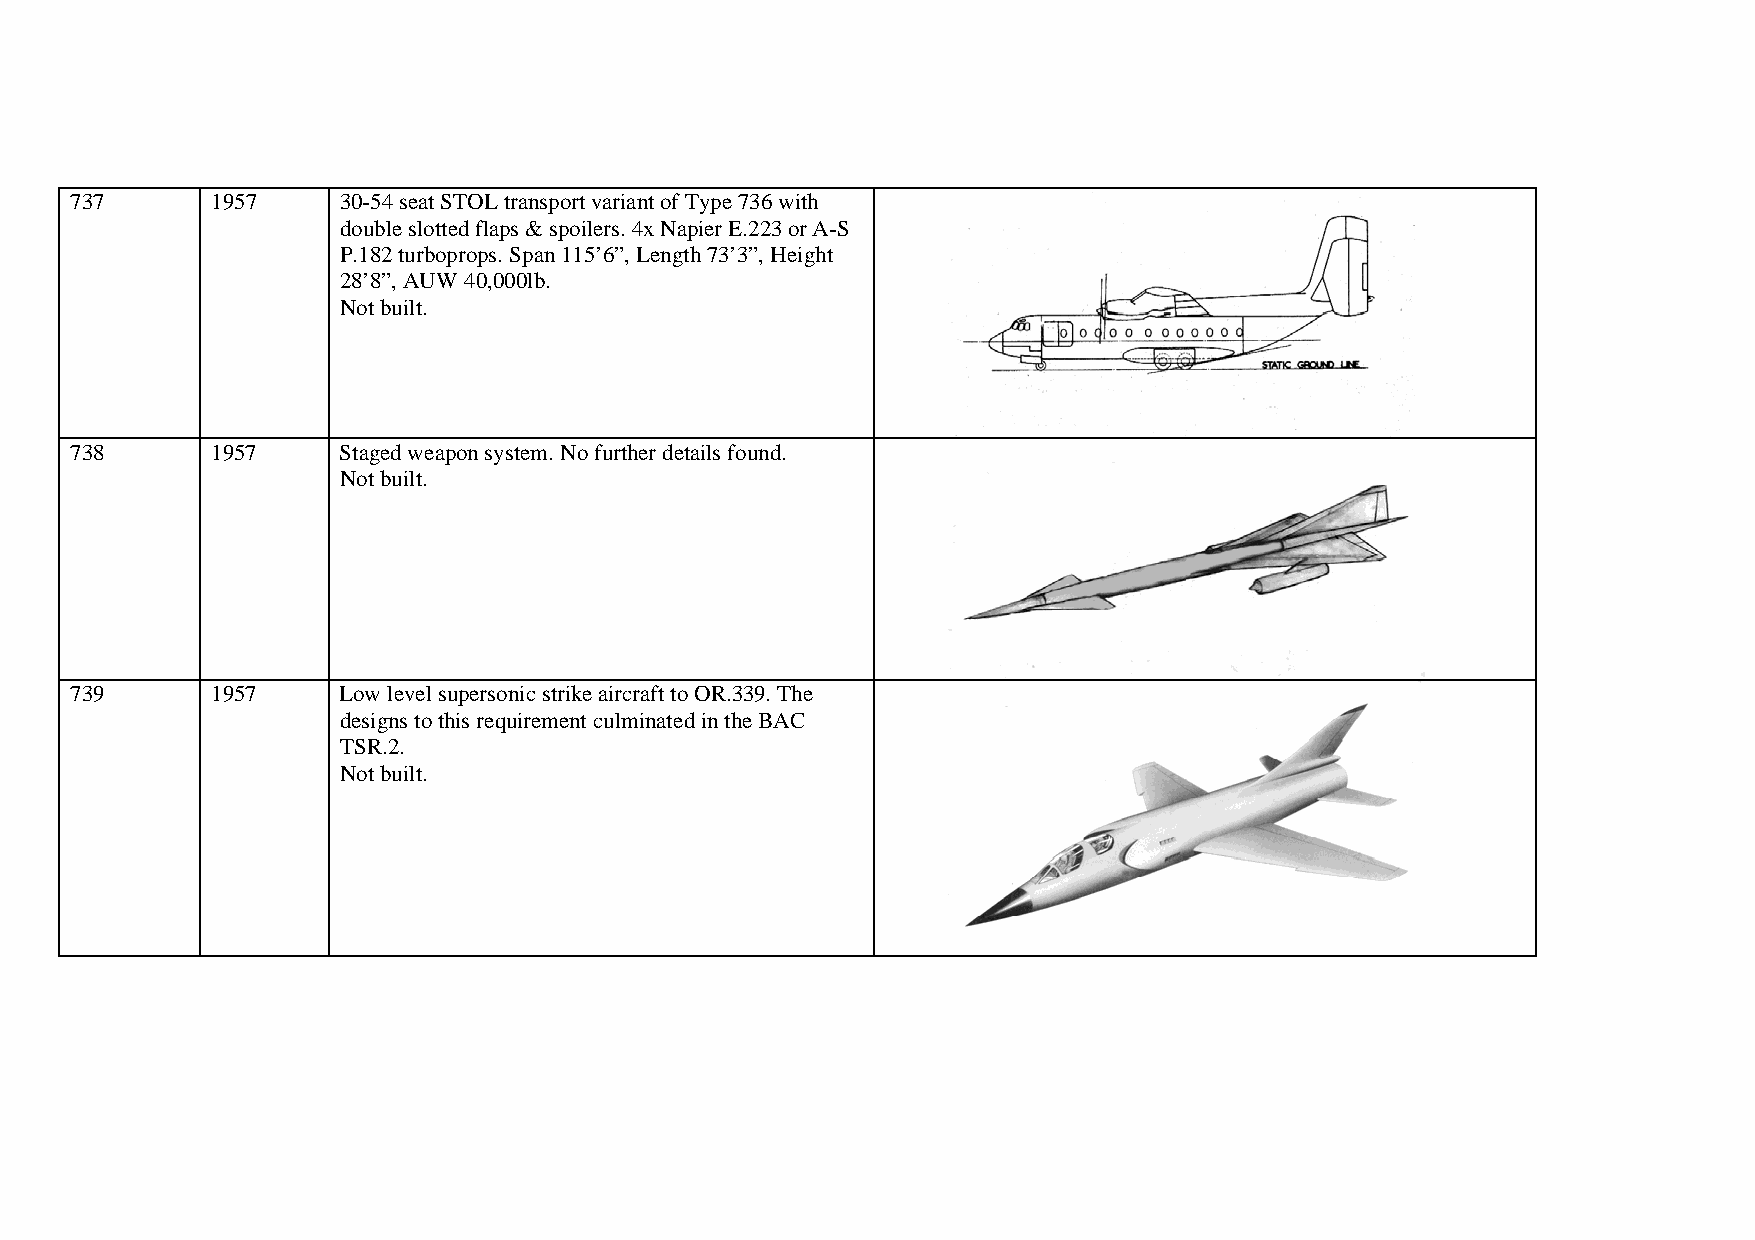
737      1957    30-54 seat STOL transport variant of Type 736 with
 double slotted flaps & spoilers. 4x Napier E.223 or A-S
 P.182 turboprops. Span 115’6”, Length 73’3”, Height
 28’8”, AUW 40,000lb.
 Not built.
 738      1957    Staged weapon system. No further details found.
 Not built.
 739      1957    Low level supersonic strike aircraft to OR.339. The
 designs to this requirement culminated in the BAC
 TSR.2.
 Not built.